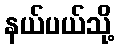
နယ်ပယ်သို့